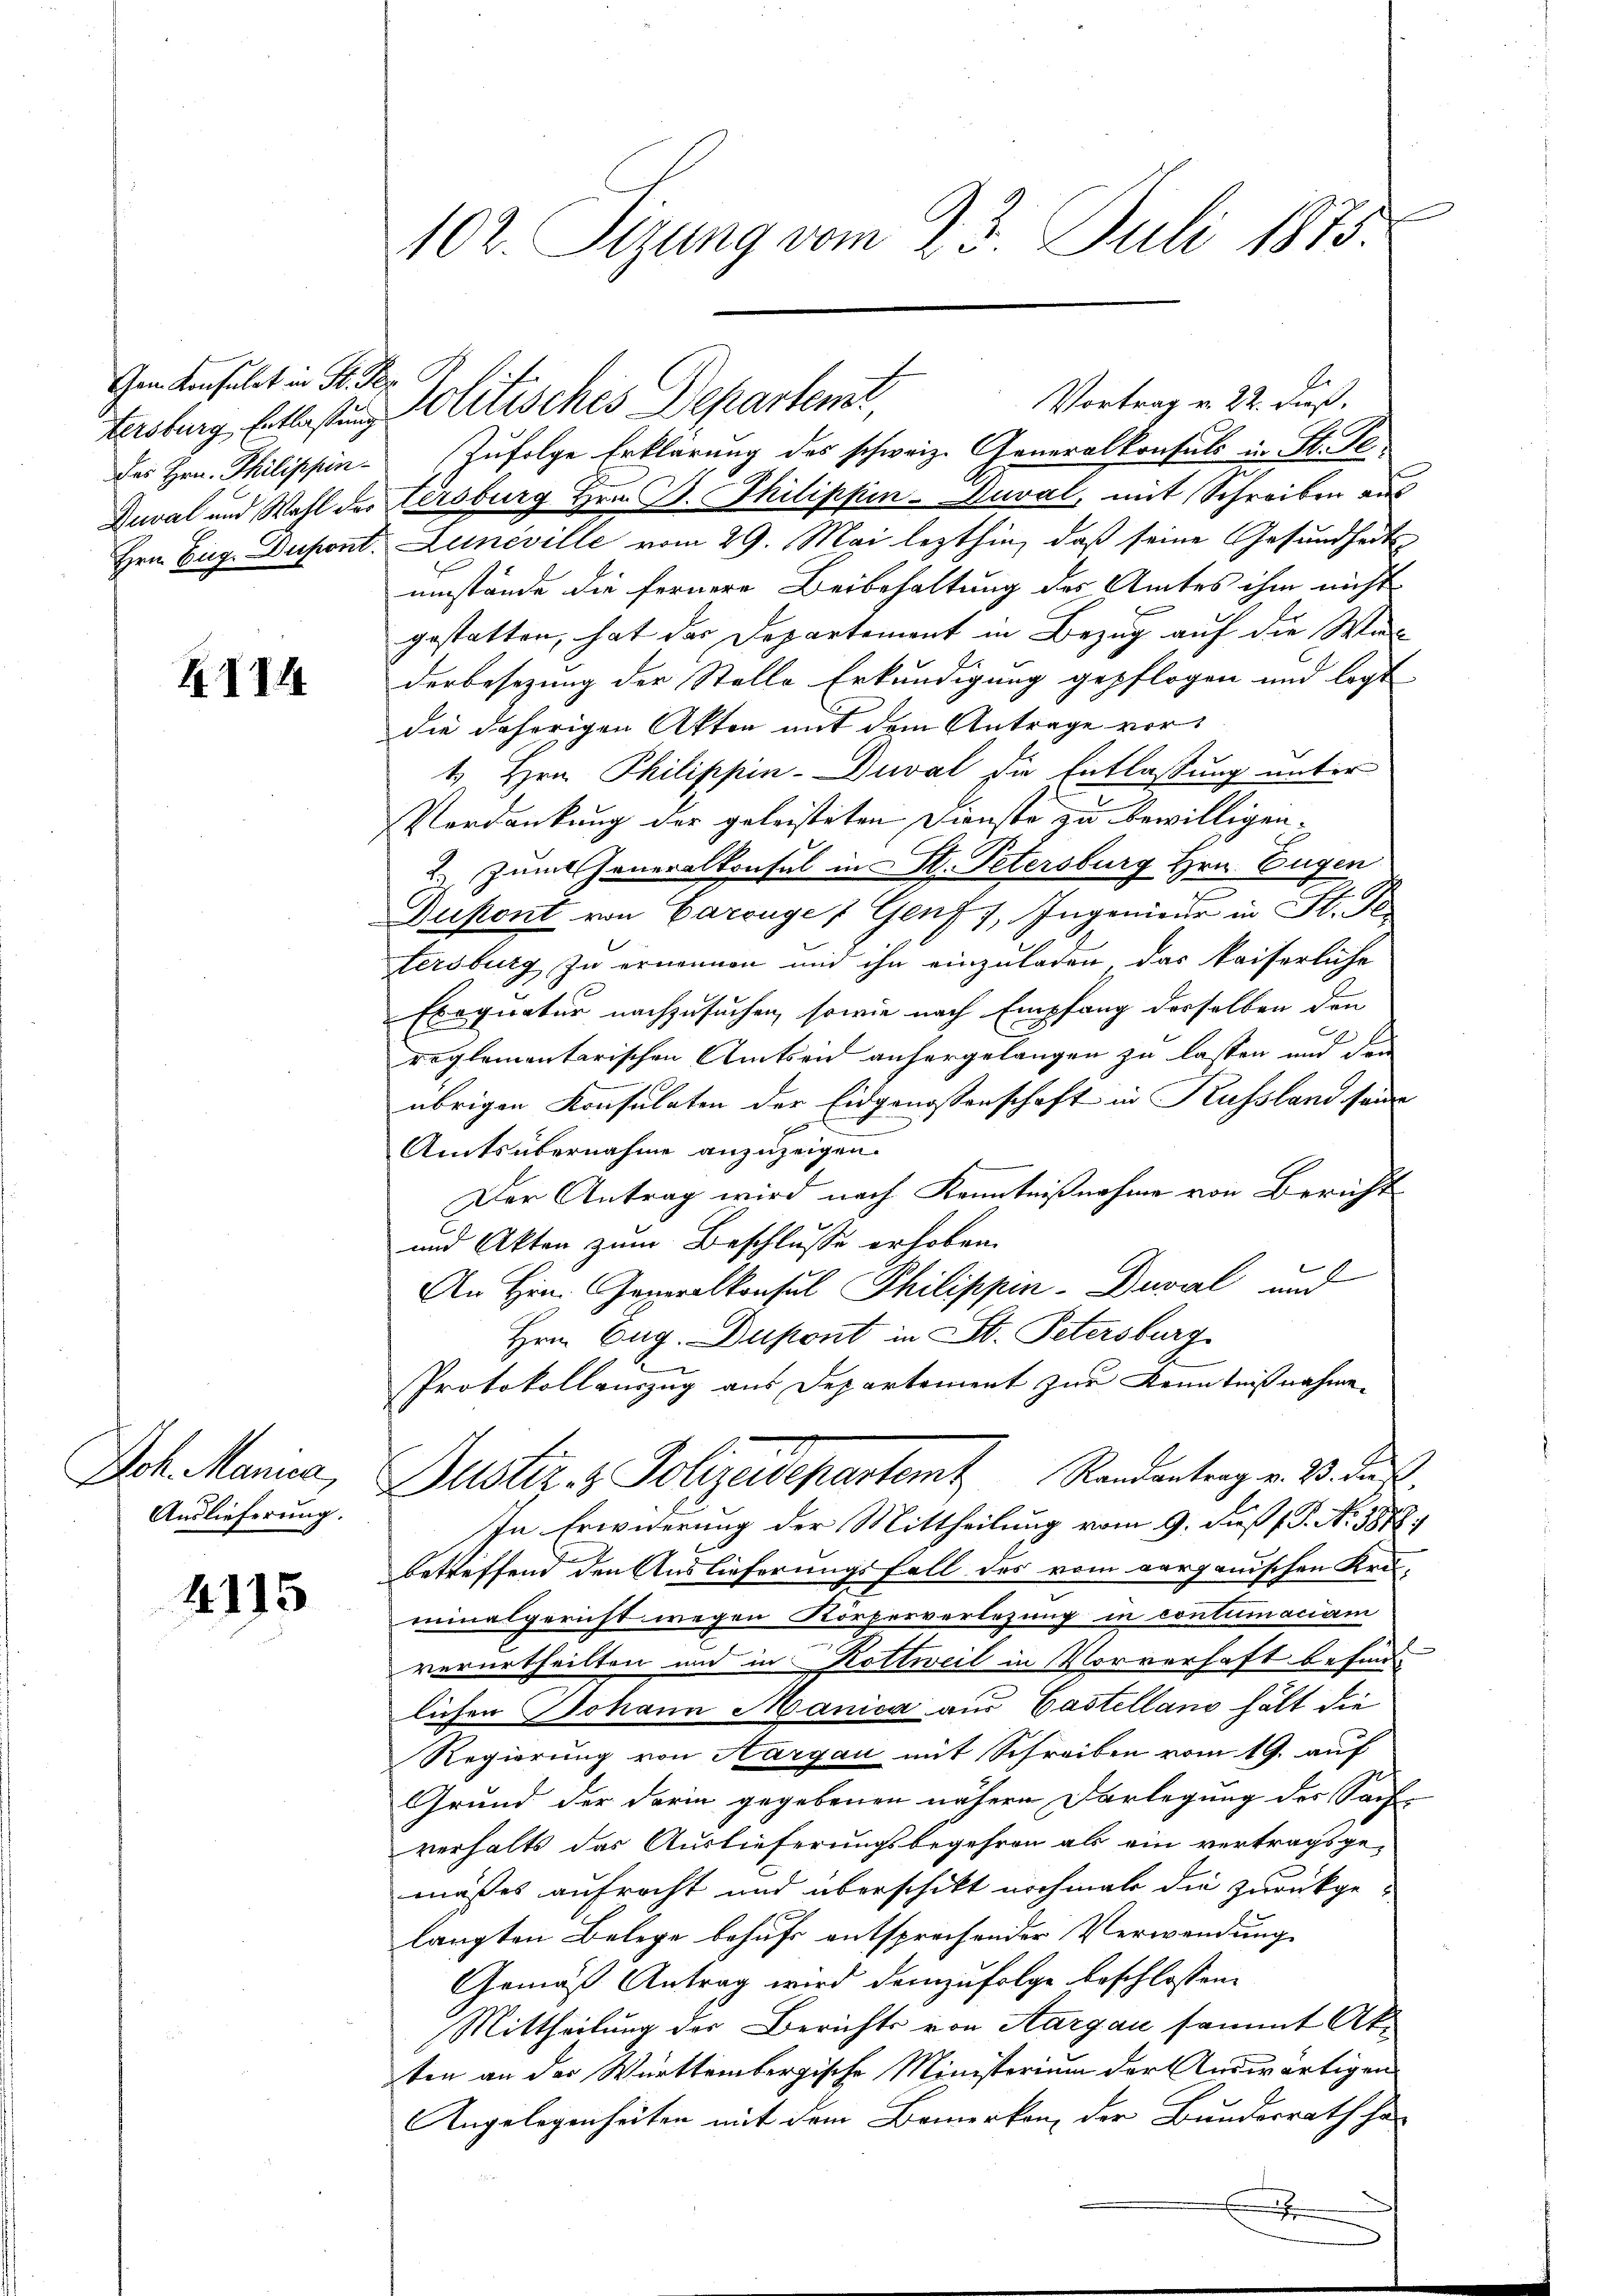
Gem. Konsulat in St. Per

XII4

Joh. Manica,
Auslieferung.

4115

Vortrag v. 22. dieß.
Tarburg hatbesten Politisches Departent,
Des Hrn. Philippin Zufolge Erklärung des schweiz. Generalkonsuls in St. Pr.
Duval und Wahl der Tersburg Hrn. B. Thilippin-Nuval, mit Schreiben aus
Hrn. Eug. Dupont. Leneville vom 29. Mai lezthin, daß seine Gesundheits
umstände die fernere Beibehaltung des Amtes ihm nicht
gestatten, hat der Departement in Bezug auf die Waderbesezung der Stelle Erkundigung gepflogen und legt
die daherigen Akten mit dem Antrage vor¬
1. Hrn. Philippin-Duval die Entlassung unter
Verdankung der geleisteten Dienste zu bewilligen.
2. Zum Generalkonsul in St. Petersburg Hrn. Eugen
Dukont von Carouge & Genf 1, Ingenieur in St. Fle
tersburg zu ernennen und ihn einzuladen, das kaiserliche
Exequatur nachzusuchen, sowie nach Empfang derselben den
reglementarischen Amtseid anhergelangen zu lassen und den
übrigen Konsulaten der Eidgenossenschaft in Kussland saur
Amts übernahme anzuzeigen.
Der Antrag wird nach Kenntnißnahme von Bericht
und Akten zum Beschlusse erhoben.
An Hrn. Generalkonsul Philippin-Duval und
Hrnn Eug. Dupont in St. Petersburg
Protokollamzug aus Departement zur Kenntnißnahme
Justiz & Polizeidepartemt Randantrag v. M. das
In Erwiderung der Mittheilung vom 9. dieß (P. Ao 1878.
betreffend den Auslieferungsfall des vom verganischen Kreminalgericht wegen Körperverlesung in contumaciam
verurtheilten und in Rottweil in Vorverhaft befind
lichen Johann Manica aus Castelland hält die
Regierung von Aargau mit Schreiben vom 19. auf
Grund der darin gegebenen nähern Darlegung der Sache-
verhalts das Auslieferungsbegehren als ein vertragsgemaßes aufrecht und überschikt nochmals die zurückgelangten Belege behufs entsprechender Verwendung
Gemäß Antrag wird demzufolge beschlossen
Mittheilung der Berichts von Aargau sammt Akten an der Württembergische Ministerium der Auswärtigen
Angelegenheiten mit dem Bemerken, der Bundesrath ha
x

102. Sizung vom 23. Juli 1875.